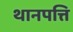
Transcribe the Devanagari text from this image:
थानपत्ति